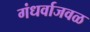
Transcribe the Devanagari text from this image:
गंधर्वाजवळ